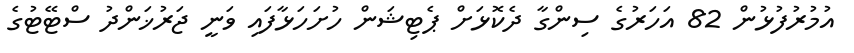
އުމުރުފުޅުން 82 އަހަރުގެ ސިންގާ ދެކޮޅަށް ޕެޓިޝަން ހުށަހަޅާފައި ވަނީ ޖަރުޚަންދު ސްޓޭޓުގެ